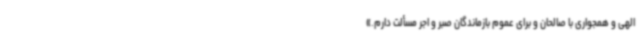
الهی و همجواری با صالحان و برای عموم بازماندگان صبر و اجر مسألت دارم.»